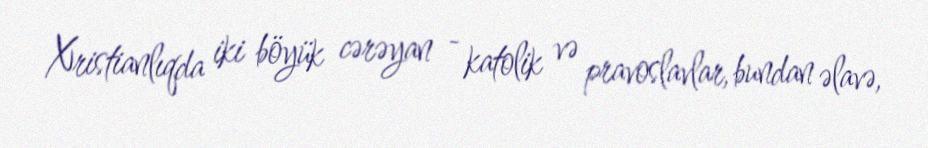
Xristianlıqda iki böyük cərəyan - katolik və pravoslavlar, bundan əlavə,